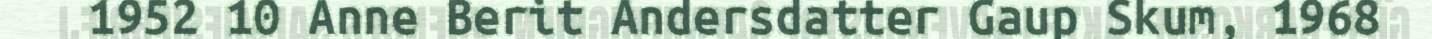
1952 10 Anne Berit Andersdatter Gaup Skum, 1968